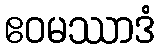
ဧဝမဿာဒံ